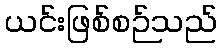
ယင်းဖြစ်စဉ်သည်